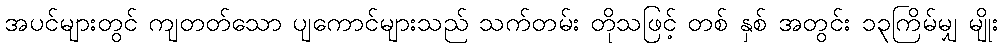
အပင်များတွင် ကျတတ်သော ပျကောင်များသည် သက်တမ်း တိုသဖြင့် တစ် နှစ် အတွင်း ၁၃ကြိမ်မျှ မျိုး